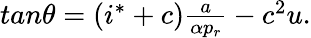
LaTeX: \begin{array}{r}{tan\theta=(i^{*}+c)\frac{a}{\alpha p_{r}}-c^{2}u.}\end{array}